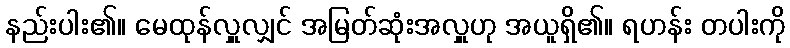
နည်းပါး၏။ မေထုန်လှူလျှင် အမြတ်ဆုံးအလှူဟု အယူရှိ၏။ ရဟန်း တပါးကို